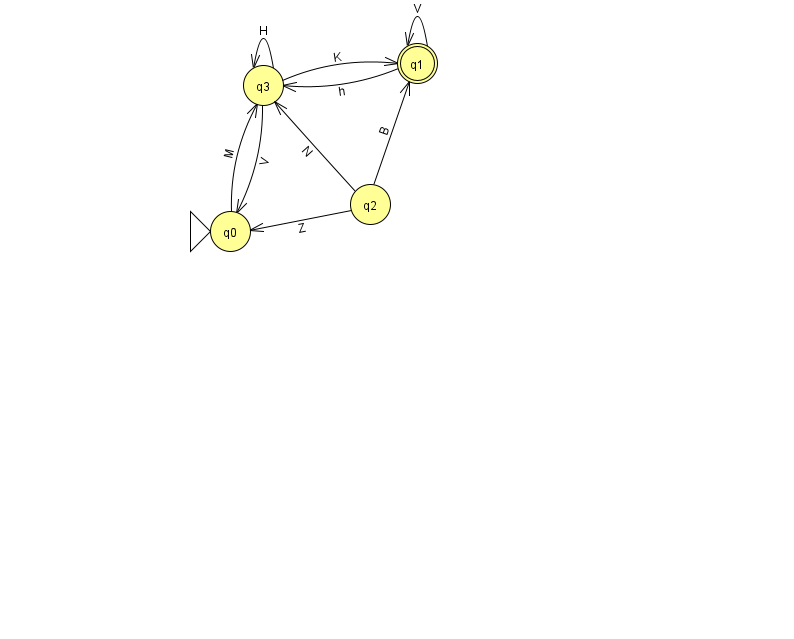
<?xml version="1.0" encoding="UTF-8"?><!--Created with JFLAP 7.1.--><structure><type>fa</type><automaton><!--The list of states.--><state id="0" name="q0"><x>230.0</x><y>218.0</y><initial/></state><state id="1" name="q1"><x>417.0</x><y>50.0</y><final/></state><state id="2" name="q2"><x>370.0</x><y>191.0</y></state><state id="3" name="q3"><x>263.0</x><y>72.0</y></state><!--The list of transitions.--><transition><from>1</from><to>3</to><read>h</read></transition><transition><from>2</from><to>3</to><read>N</read></transition><transition><from>3</from><to>1</to><read>K</read></transition><transition><from>0</from><to>3</to><read>M</read></transition><transition><from>1</from><to>1</to><read>V</read></transition><transition><from>2</from><to>1</to><read>B</read></transition><transition><from>2</from><to>0</to><read>Z</read></transition><transition><from>3</from><to>0</to><read>V</read></transition><transition><from>3</from><to>3</to><read>H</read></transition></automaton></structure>